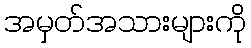
အမှတ်အသားများကို